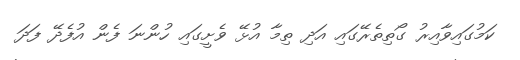
ކަމުގައިވާއިރު ގޯތިތެރޭގައި އަދި ތިމާ އުޅޭ ވެށީގައި ހުންނަ ފެން އުފެދޭ ފަދަ